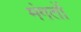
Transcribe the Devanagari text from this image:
मंगतों